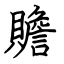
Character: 贍